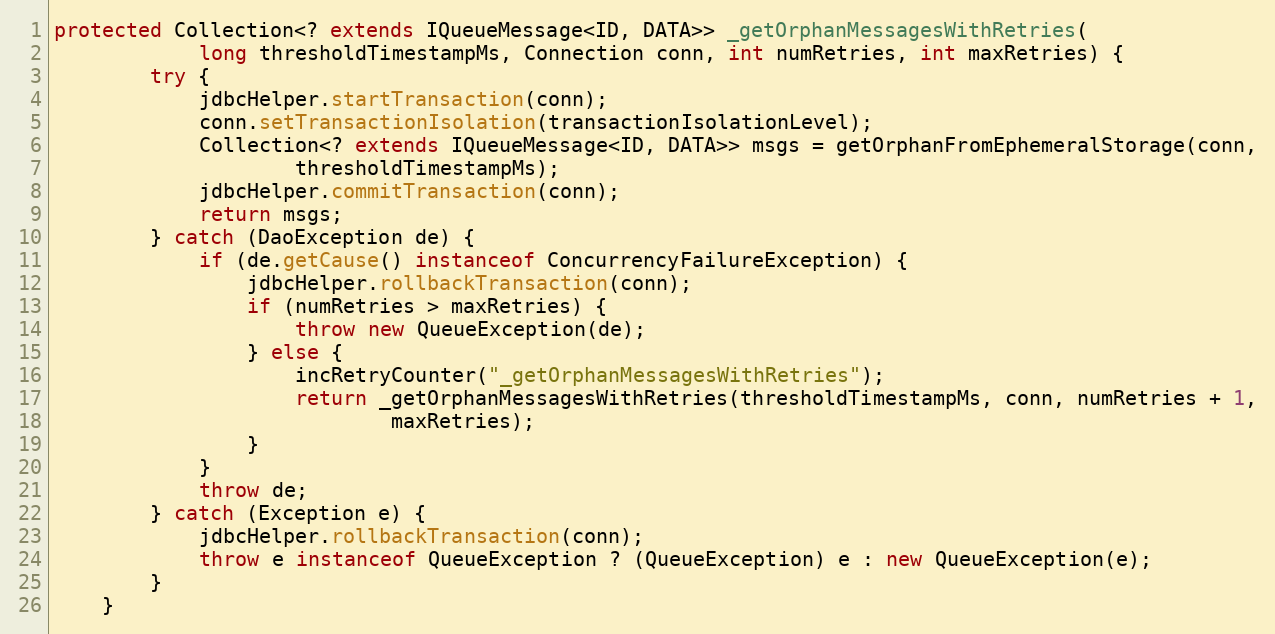
Language: Java
protected Collection<? extends IQueueMessage<ID, DATA>> _getOrphanMessagesWithRetries(
            long thresholdTimestampMs, Connection conn, int numRetries, int maxRetries) {
        try {
            jdbcHelper.startTransaction(conn);
            conn.setTransactionIsolation(transactionIsolationLevel);
            Collection<? extends IQueueMessage<ID, DATA>> msgs = getOrphanFromEphemeralStorage(conn,
                    thresholdTimestampMs);
            jdbcHelper.commitTransaction(conn);
            return msgs;
        } catch (DaoException de) {
            if (de.getCause() instanceof ConcurrencyFailureException) {
                jdbcHelper.rollbackTransaction(conn);
                if (numRetries > maxRetries) {
                    throw new QueueException(de);
                } else {
                    incRetryCounter("_getOrphanMessagesWithRetries");
                    return _getOrphanMessagesWithRetries(thresholdTimestampMs, conn, numRetries + 1,
                            maxRetries);
                }
            }
            throw de;
        } catch (Exception e) {
            jdbcHelper.rollbackTransaction(conn);
            throw e instanceof QueueException ? (QueueException) e : new QueueException(e);
        }
    }